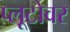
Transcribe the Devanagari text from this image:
प्लूटोवर